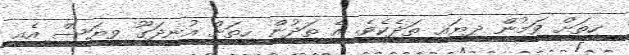
ހިތަށް ވަމުން ދިޔައީ ތަދެކެވެ. އެ ތަދުން ހިތަށް އުނދަގޫ ވިޔަސް އެއީ